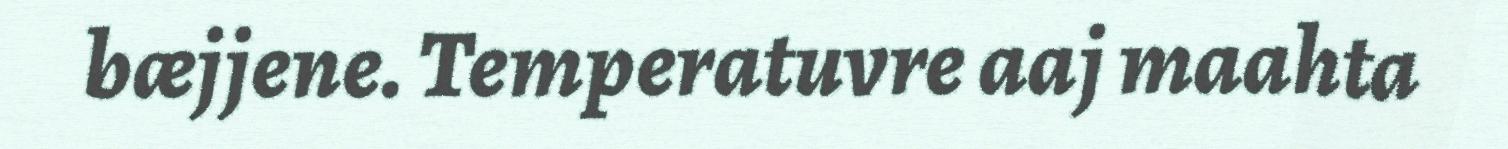
bæjjene. Temperatuvre aaj maahta